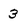
Character: 3